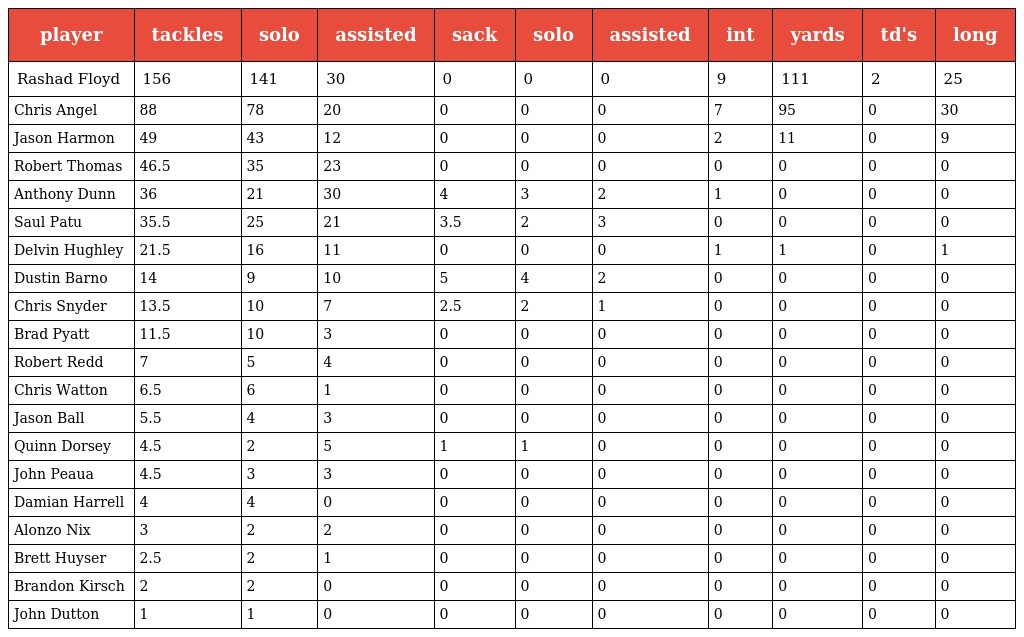
| player | tackles | solo | assisted | sack | solo | assisted | int | yards | td's | long |
 | --- | --- | --- | --- | --- | --- | --- | --- | --- | --- | --- |
 | Rashad Floyd | 156 | 141 | 30 | 0 | 0 | 0 | 9 | 111 | 2 | 25 |
 | Chris Angel | 88 | 78 | 20 | 0 | 0 | 0 | 7 | 95 | 0 | 30 |
 | Jason Harmon | 49 | 43 | 12 | 0 | 0 | 0 | 2 | 11 | 0 | 9 |
 | Robert Thomas | 46.5 | 35 | 23 | 0 | 0 | 0 | 0 | 0 | 0 | 0 |
 | Anthony Dunn | 36 | 21 | 30 | 4 | 3 | 2 | 1 | 0 | 0 | 0 |
 | Saul Patu | 35.5 | 25 | 21 | 3.5 | 2 | 3 | 0 | 0 | 0 | 0 |
 | Delvin Hughley | 21.5 | 16 | 11 | 0 | 0 | 0 | 1 | 1 | 0 | 1 |
 | Dustin Barno | 14 | 9 | 10 | 5 | 4 | 2 | 0 | 0 | 0 | 0 |
 | Chris Snyder | 13.5 | 10 | 7 | 2.5 | 2 | 1 | 0 | 0 | 0 | 0 |
 | Brad Pyatt | 11.5 | 10 | 3 | 0 | 0 | 0 | 0 | 0 | 0 | 0 |
 | Robert Redd | 7 | 5 | 4 | 0 | 0 | 0 | 0 | 0 | 0 | 0 |
 | Chris Watton | 6.5 | 6 | 1 | 0 | 0 | 0 | 0 | 0 | 0 | 0 |
 | Jason Ball | 5.5 | 4 | 3 | 0 | 0 | 0 | 0 | 0 | 0 | 0 |
 | Quinn Dorsey | 4.5 | 2 | 5 | 1 | 1 | 0 | 0 | 0 | 0 | 0 |
 | John Peaua | 4.5 | 3 | 3 | 0 | 0 | 0 | 0 | 0 | 0 | 0 |
 | Damian Harrell | 4 | 4 | 0 | 0 | 0 | 0 | 0 | 0 | 0 | 0 |
 | Alonzo Nix | 3 | 2 | 2 | 0 | 0 | 0 | 0 | 0 | 0 | 0 |
 | Brett Huyser | 2.5 | 2 | 1 | 0 | 0 | 0 | 0 | 0 | 0 | 0 |
 | Brandon Kirsch | 2 | 2 | 0 | 0 | 0 | 0 | 0 | 0 | 0 | 0 |
 | John Dutton | 1 | 1 | 0 | 0 | 0 | 0 | 0 | 0 | 0 | 0 |